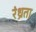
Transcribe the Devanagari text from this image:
रंध्रता